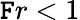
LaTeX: \mathtt{F}r<1